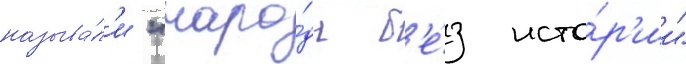
называ́л'и "наро́ды б'е́з исто́р'ии"